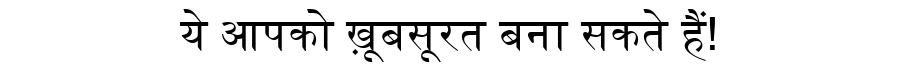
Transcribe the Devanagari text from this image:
ये आपको ख़ूबसूरत बना सकते हैं!